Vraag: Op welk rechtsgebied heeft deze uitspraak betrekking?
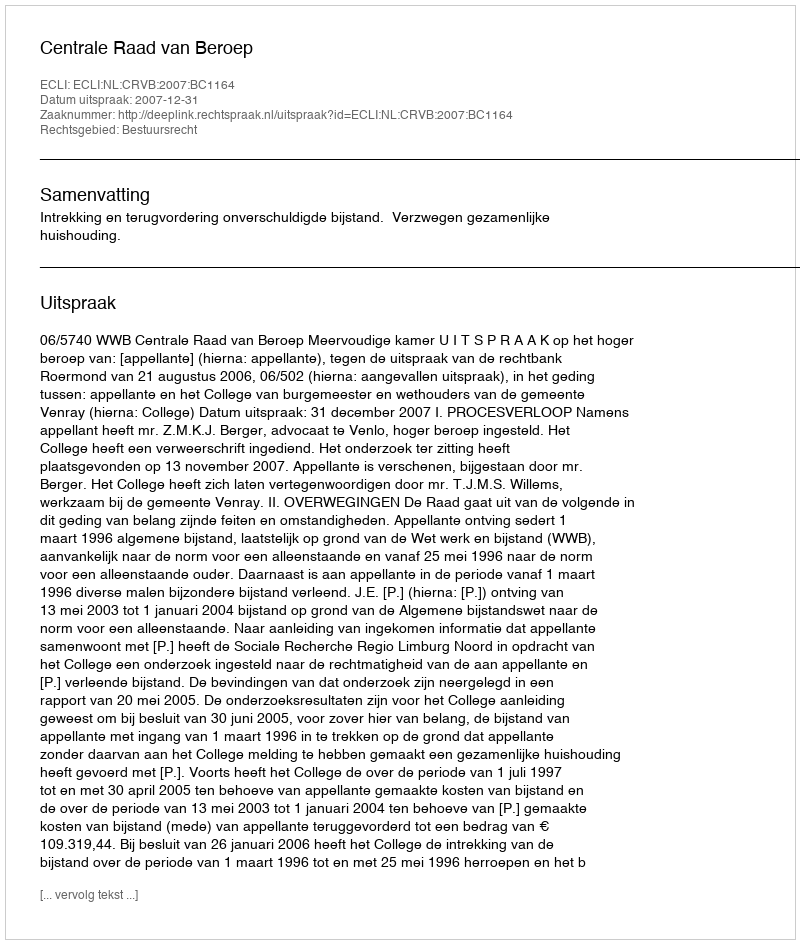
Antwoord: Bestuursrecht